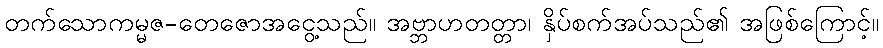
တက်သောကမ္မဇ-တေဇောအငွေ့သည်။ အဗ္ဘာဟတတ္တာ၊ နှိပ်စက်အပ်သည်၏ အဖြစ်ကြောင့်။